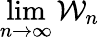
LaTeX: \operatorname*{lim}_{n\to\infty}\mathcal{W}_{n}